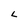
Character: L